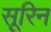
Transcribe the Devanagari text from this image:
सूरिन